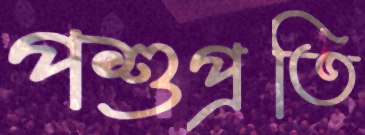
পশুপ্রতি